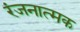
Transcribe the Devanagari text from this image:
रंजनात्मक